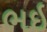
ભઇ